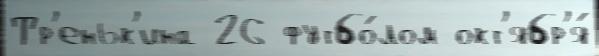
Тр'еньк'ина 26 футбо́лом окт'ябр'я́